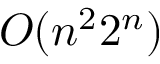
O ( n ^ { 2 } 2 ^ { n } )